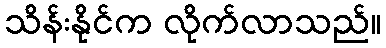
သိန်းနိုင်က လိုက်လာသည်။